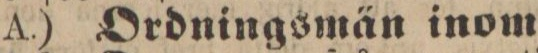
A.) Ordningsmän inom